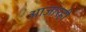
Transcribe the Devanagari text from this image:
आजारही